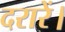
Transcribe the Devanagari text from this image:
दरारें।